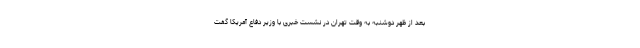
بعد از ظهر دوشنبه به وقت تهران در نشست خبری با وزیر دفاع آمریکا گفت